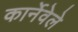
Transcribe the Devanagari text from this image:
कार्नेवेले